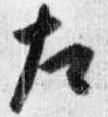
左